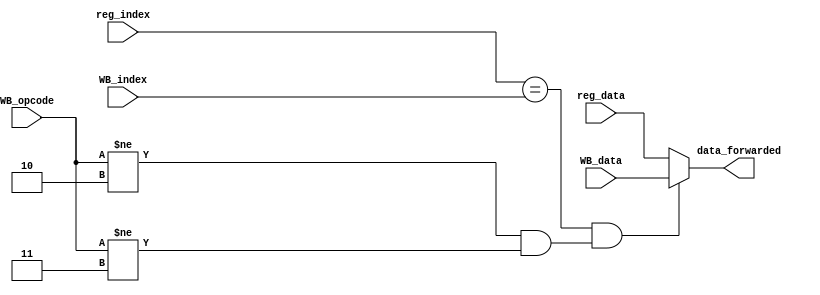
`define BRANCH 4'b0010
`define SW 4'b0011
module forwardingUnitWB(reg_index, reg_data, WB_opcode, WB_index, WB_data, data_forwarded);

   parameter REG_INDEX_BIT_WIDTH = 4;
	parameter bitwidth = 32; 
	input [3:0] WB_opcode; 
	input [(REG_INDEX_BIT_WIDTH - 1) : 0] reg_index, WB_index; 
	input [(bitwidth - 1) : 0] reg_data, WB_data; 
	
	output [(bitwidth - 1) : 0] data_forwarded; 
	reg[(bitwidth - 1) : 0] out;
	
	always @ (*) begin
		if (reg_index == WB_index && (WB_opcode != `BRANCH && WB_opcode != `SW))
			out = WB_data; 
		else 
			out = reg_data; 
	end
	
	assign data_forwarded = out; 
	
endmodule